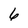
Character: 6